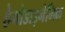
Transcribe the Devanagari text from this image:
हेमोडाइनेमिक